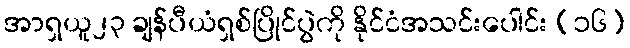
အာရှယူ၂၃ ချန်ပီယံရှစ်ပြိုင်ပွဲကို နိုင်ငံအသင်းပေါင်း (၁၆)